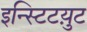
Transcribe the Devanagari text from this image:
इन्स्टिटय़ुट